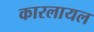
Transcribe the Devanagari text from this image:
कारलायल